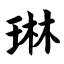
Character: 琳